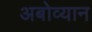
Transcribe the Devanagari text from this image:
अबोव्यान